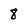
Character: 8